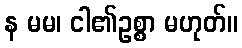
န မမ၊ ငါ၏ဥစ္စာ မဟုတ်။